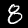
Label: 8